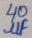
Text: 40µF